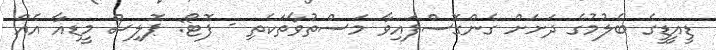
ޑީއީޑީގެ ބެލުމުގެ ދަށަށް ގެންގޮސްފައިވާ މަސްތުވާތަކެތި - ފޮޓޯ: ޕޮލިސް މީޑިއާ އެއް